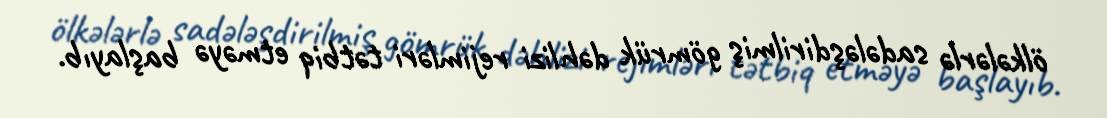
ölkələrlə sadələşdirilmiş gömrük dəhlizi rejimləri tətbiq etməyə başlayıb.